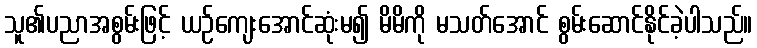
သူ၏ပညာအစွမ်းဖြင့် ယဉ်ကျေးအောင်ဆုံးမ၍ မိမိကို မသတ်အောင် စွမ်းဆောင်နိုင်ခဲ့ပါသည်။